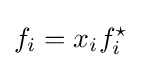
f_{i}=x_{i}f_{i}^{\star }